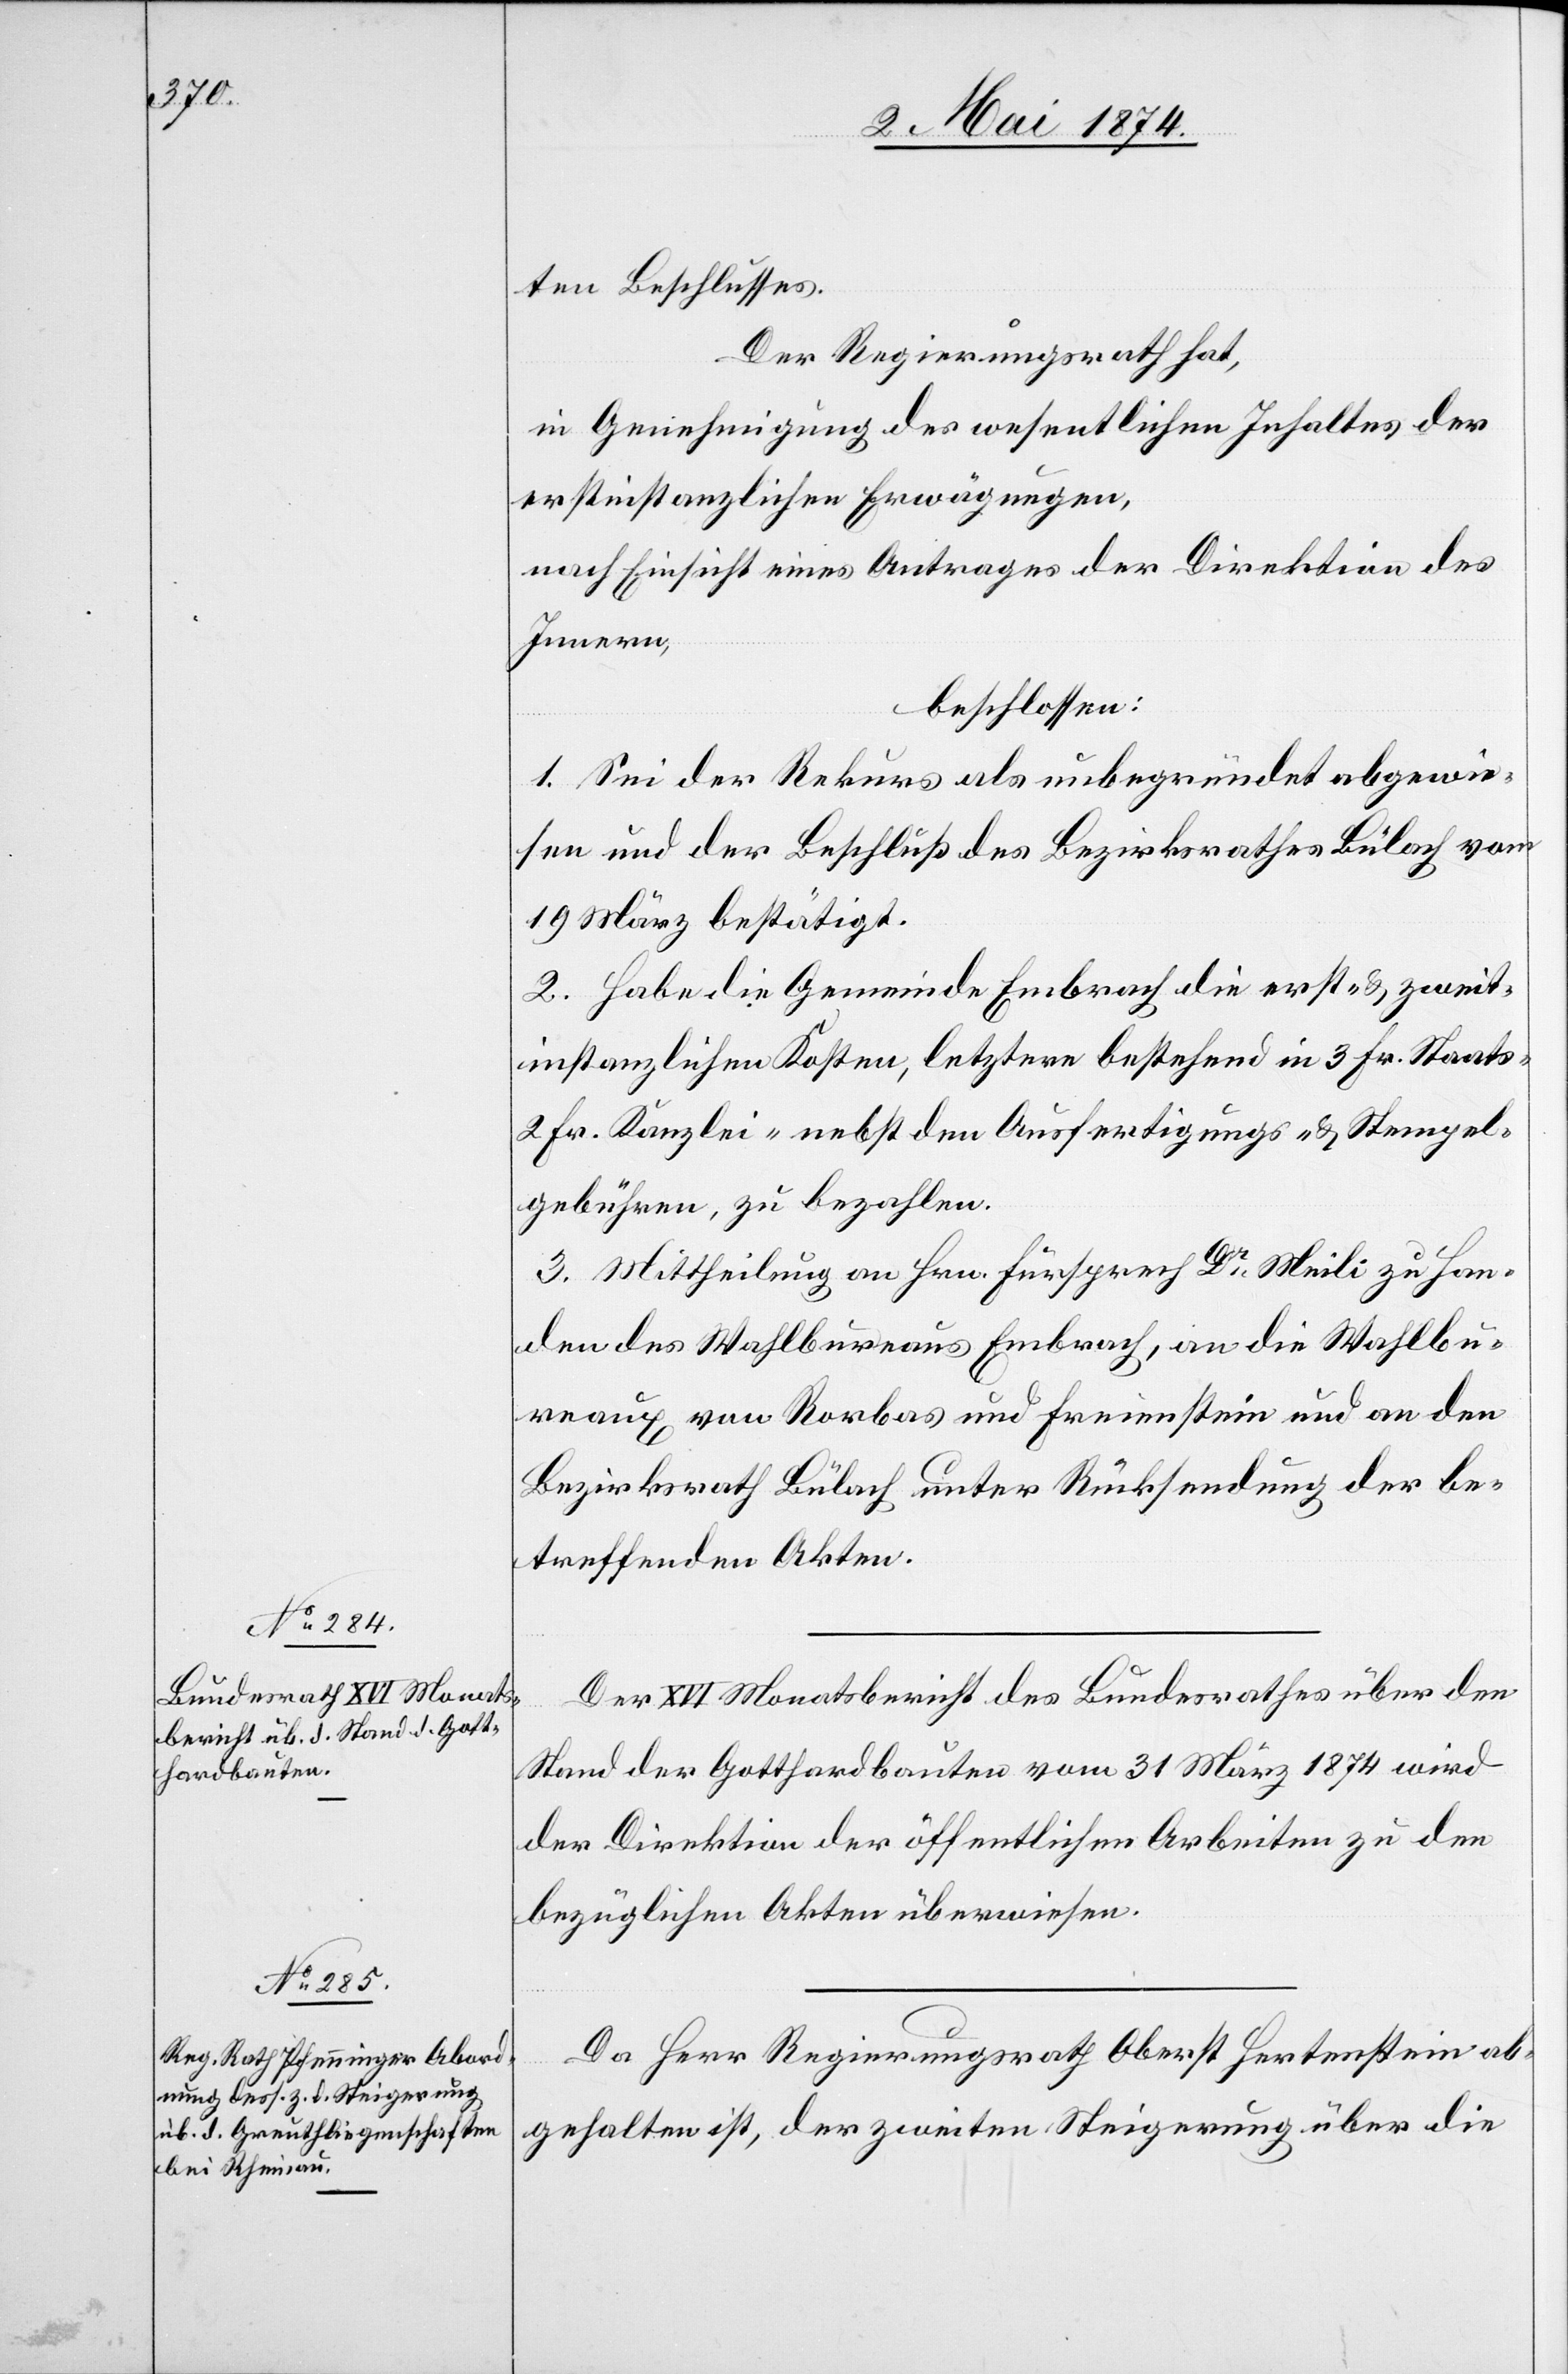
ten Beschlusses.
Der Regierungsrath hat,
in Genehmigung des wesentlichen Inhaltes der
erstinstanzlichen Erwägungen,
nach Einsicht eines Antrages der Direktion des
Innern,
beschlossen:
1. Sei der Rekurs als unbegründet abgewie¬
sen und der Beschluß des Bezirksrathes Bülach vom
19. März bestätigt.
2. Habe die Gemeinde Embrach die erst- u. zweit¬
instanzlichen Kosten, letztere bestehend in 3 Fr. Staats-
2 Fr. Kanzlei- nebst den Ausfertigungs- u. Stempel¬
gebühren, zu bezahlen.
3. Mittheilung an Hrn. Fürsprech Dr Meili zu Han¬
den des Wahlbureaus Embrach, an die Wahlbü¬
reaux von Rorbas und Freienstein und an den
Bezirksrath Bülach unter Rücksendung der be¬
treffenden Akten.
Der XVI Monatsbericht des Bundesrathes über den
Stand der Gotthardbauten vom 31. März 1874 wird
der Direktion der öffentlichen Arbeiten zu den
bezüglichen Akten überwiesen.
Da Herr Regierungsrath Oberst Hertenstein ab¬
gehalten ist, der zweiten Steigerung über die